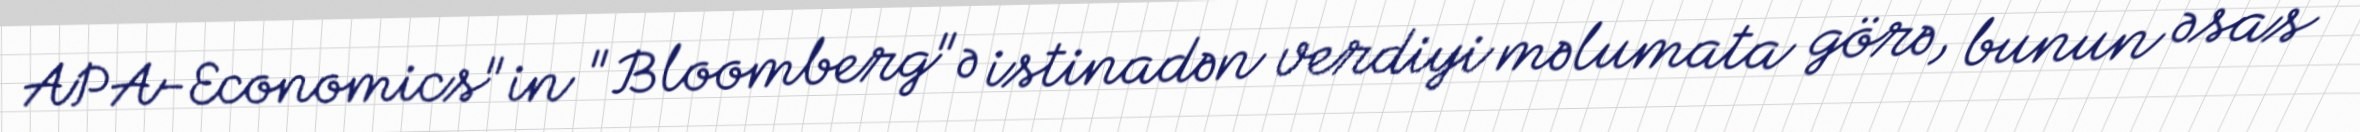
APA-Economics"in "Bloomberg"ə istinadən verdiyi məlumata görə, bunun əsas